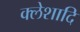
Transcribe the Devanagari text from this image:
क्लेशादि